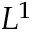
L ^ { 1 }